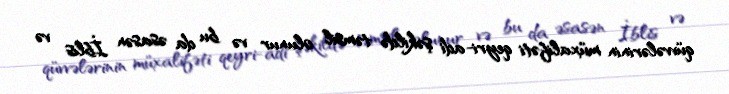
qüvvələrinin müxalifəti qeyri-adi şəkildə təmsil olunur və bu da əsasən İblis və